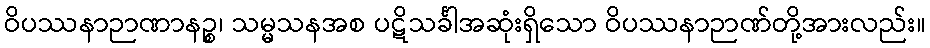
ဝိပဿနာဉာဏာနဉ္စ၊ သမ္မသနအစ ပဋိသင်္ခါအဆုံးရှိသော ဝိပဿနာဉာဏ်တို့အားလည်း။